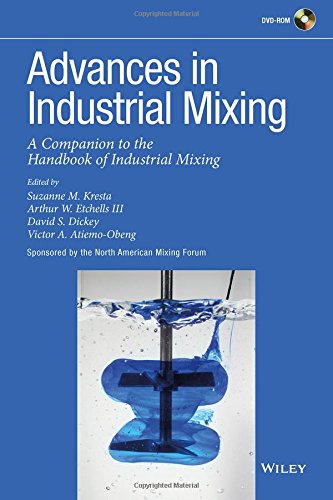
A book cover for Advances in Industrial Mixing: A Companion to the Handbook of Industrial Mixing; Science & Math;